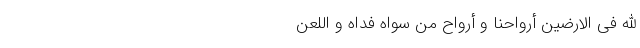
اللهِ فِی الاَرَضین أَرواحُنا و أرواحُ مَن سِواهُ فِداه وَ اللَّعنُ